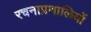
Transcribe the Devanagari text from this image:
रचनाप्रणालियों